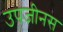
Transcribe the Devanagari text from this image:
उपजीनस